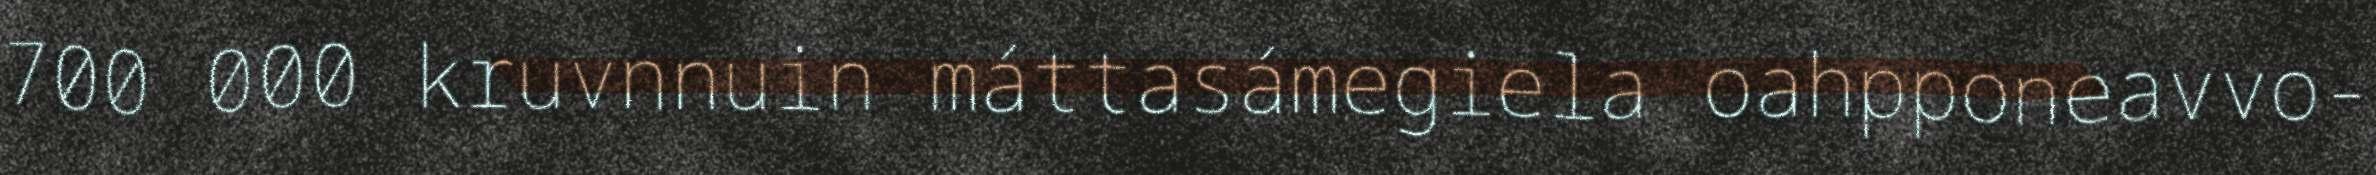
700 000 kruvnnuin máttasámegiela oahpponeavvo-